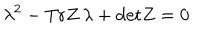
LaTeX: \lambda ^ { 2 } - \mathrm { T r } Z \, \lambda + \mathrm { d e t } Z = 0